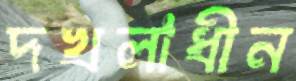
দখলাধীন